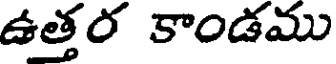
ఉత్తర కాండము